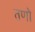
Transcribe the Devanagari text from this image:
तणो